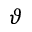
\vartheta